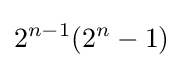
2^{n-1}(2^{n}-1)